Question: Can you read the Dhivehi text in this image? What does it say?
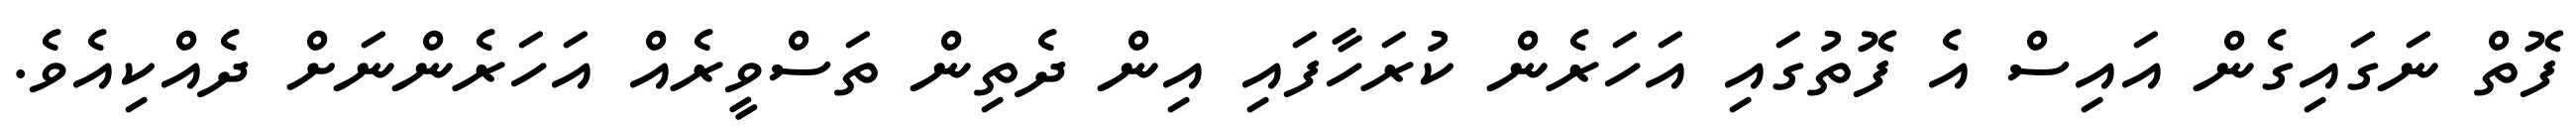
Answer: ފޮތް ނަގައިގެން އައިސް އެ ފޮތުގައި އަހަރެން ކުރަހާފައި އިން ދެތިން ތަސްވީރެއް އަހަރެންނަށް ދެއްކިއެވެ.